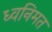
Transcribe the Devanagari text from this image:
ध्वनिमत